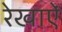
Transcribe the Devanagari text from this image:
रेखाऐं